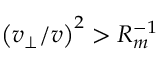
\left( v _ { \perp } / v \right) ^ { 2 } > R _ { m } ^ { - 1 }